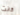
كانت